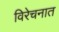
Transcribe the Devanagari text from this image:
विरेचनात